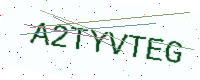
Text: A2TYVTEG